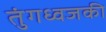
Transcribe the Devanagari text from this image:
तुंगध्वजकी